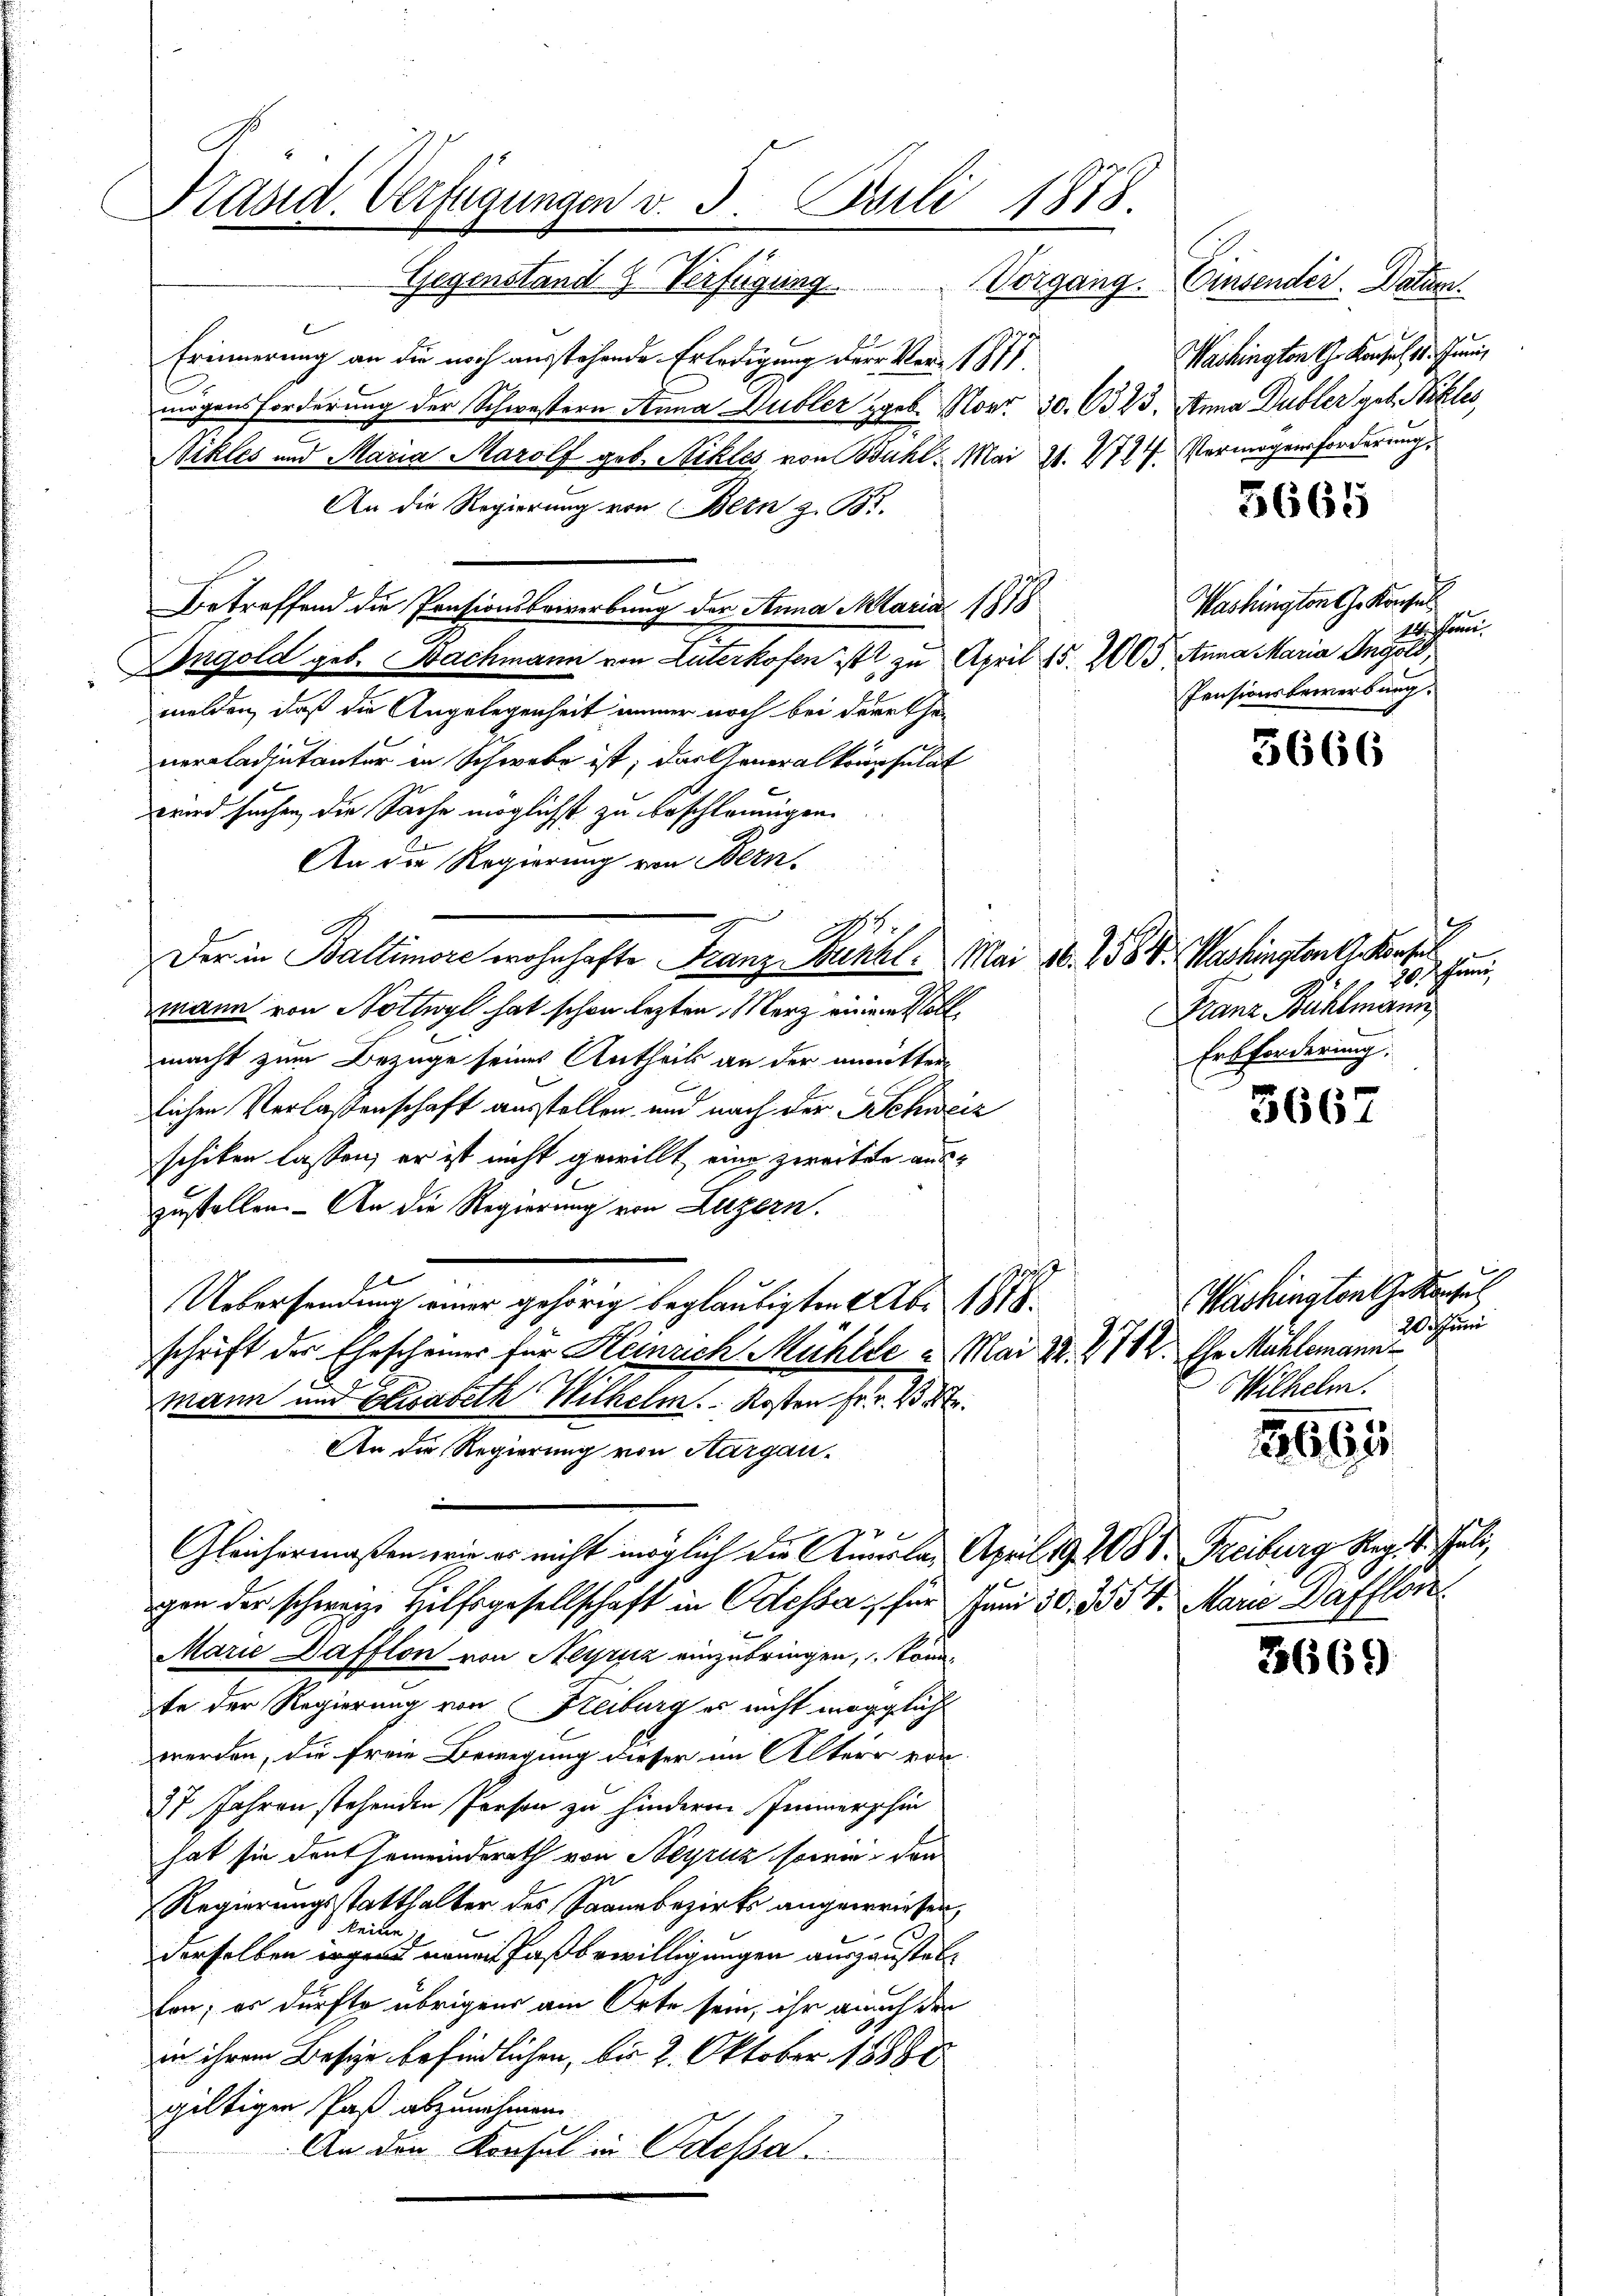
Präsid. Verfügungen v. 3. Juli 1878.

Gegenstand 2 Verfügung
Erinnerung an die noch ausstehende Erledigung der Vor 1877
mögensforderung der Schwestern Anna Dubler geb. Nr. 30. 6323. Anna Dubler geb. Billes,
Bikles und Maria Marolf geb. Nikles, von Bühl. Mai 21. 4714. Vermögensforderung,
An die Regierung von Bern z. B.
Betreffend die Pensionsbewerbung der Anna Maria 1878
Angold geb. Bachmann von Luterkofen ist zu April 15. 205 Anna Maria Ingold,
melden, daß die Angelegenheit immer noch bei dere Ehenercladjutanter in Schwebe ist; das Generalkonsulat
wird suchen, die Sache möglichst zu beschleunigen.
An die Regierung von Bern.
n
A
r
Der in Baltimore wohnhafte Franz unkl. Mai 16. 158 V. Washington G. Konfer
mmann von Nottwyl hat schon lezten Merz einem Vollmacht zum Bezüge seines Antheils an der unmitter
lichen Verlassenschaft ausstellen und nach der Schweiz
schiken lassen; er ist nicht gewillt, eine zweiten auszustellen. - An die Regierung von Luzern.
2
e
Uebersendung einer gehörig beglaubigten Xbr 1818.
schrift der Ehescheiner für Heinrich Mühle u. Mai 22. 2764. Ehr Mühlemannmann und Elisabeth Wilhelm. Kosten Fr. v. 18.
e
An die Regierung von Aargaue
Gleichermaßen, wie er nicht möglich die Aula April 19. 288. Freiburg Reg. Juli,
ge
von der schweiz. Hilfsgesellschaft in Odessa, für Juni 30. 354. Marie Dafflon
Marie Dafflon von Meyriz einzubringen, konnte der Regierung von Freiburg er nicht möglich
werden, die freie Bewegung dieser im Alter von
27 Jahren stehenden Person zu hinderen Immerschin
hat sie deut Gemeinderath von Steyruz sowie den
Regierungsstatthalter des Paanzbezirks angewiesen,
Meine
derselben irgend neuen Paßbewilligungen auszustelten; es dürfte übrigens am Orte sein, ihr auch der
in ihrem Besie befindlichen, bis 2. Oktober 18880
giltigen Paß abzunehmen.
An die Konsul in Odessa

Washingten the Kanzes
20. Juni
Wilhelm.

Vorgang. Einsender. Datum.
Washington ihr Konsul 14. Juni

Washington G. Konsul
14. Jan.
Pensionsbewerbung.

5665

3666

9
25. Juni
Franz Bühlmann
Erbforderung.

3667

1661

3669